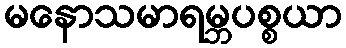
မနောသမာရမ္ဘပစ္စယာ